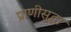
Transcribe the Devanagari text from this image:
प्राणीसुद्धा